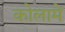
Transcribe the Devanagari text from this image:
कोलामें